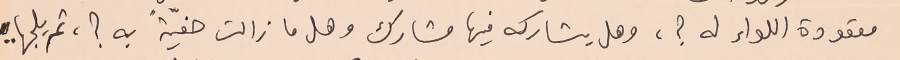
معقودة اللواء له ؟، وهل يشاركه فيها مشارك وهل ما زالت حفيّةً به؟، ثم يلجها..